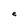
Character: e